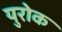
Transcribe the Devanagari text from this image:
युरोक